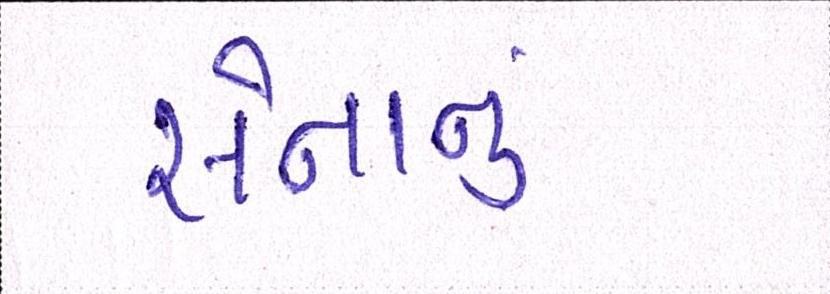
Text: સેનાનું